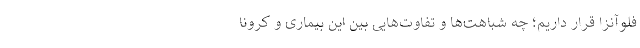
فلوآنزا قرار داریم؛ چه شباهت‌ها و تفاوت‌هایی بین این بیماری و کرونا